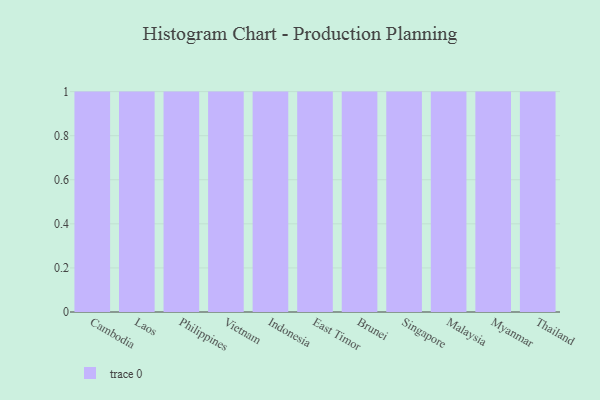
{"axis": {"x": "Country", "y": "Production Output"}, "legend": [""], "data": [{"x": "Cambodia", "y": 50, "type": ""}, {"x": "Laos", "y": 31, "type": ""}, {"x": "Philippines", "y": 37, "type": ""}, {"x": "Vietnam", "y": 82, "type": ""}, {"x": "Indonesia", "y": 78, "type": ""}, {"x": "East Timor", "y": 5, "type": ""}, {"x": "Brunei", "y": 60, "type": ""}, {"x": "Singapore", "y": 28, "type": ""}, {"x": "Malaysia", "y": 84, "type": ""}, {"x": "Myanmar", "y": 22, "type": ""}, {"x": "Thailand", "y": 83, "type": ""}]}